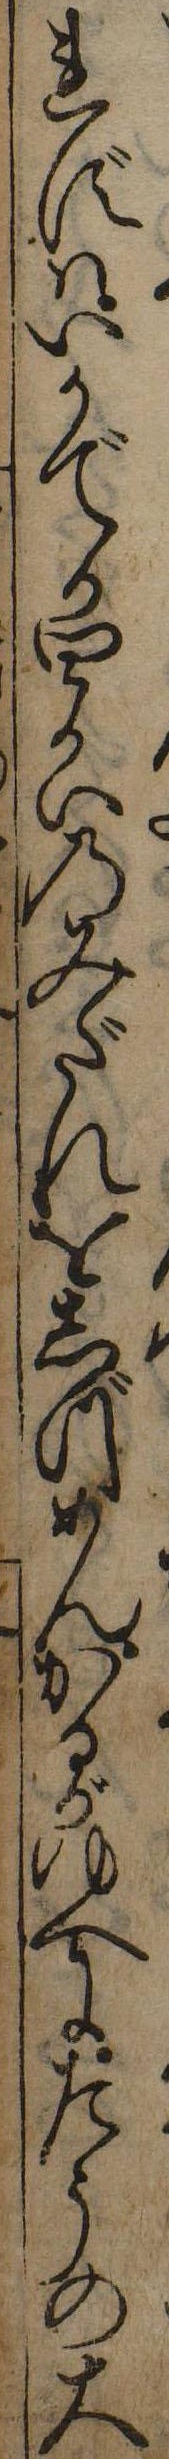
れずはいかでか四かいのみだれをしづめんかるがゆへにたうの大